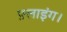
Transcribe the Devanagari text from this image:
फ़्लाइंग।